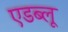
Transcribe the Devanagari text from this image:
एडब्लू